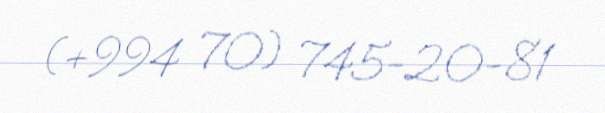
(+994 70) 745-20-81